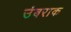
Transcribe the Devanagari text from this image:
उंबराक